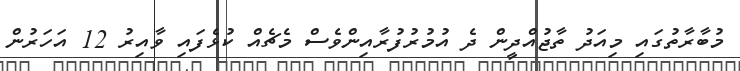
މުބާރާތުގައި މިއަދު ތާޖުއްދީން ދެ އުމުރުފުރާއިންވެސް މެޗެއް ކުޅެފައި ވާއިރު 12 އަހަރުން